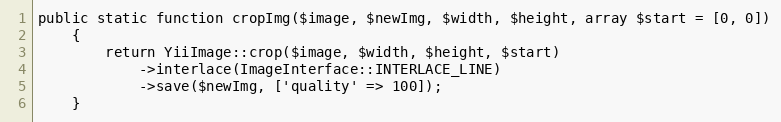
Language: PHP
public static function cropImg($image, $newImg, $width, $height, array $start = [0, 0])
    {
        return YiiImage::crop($image, $width, $height, $start)
            ->interlace(ImageInterface::INTERLACE_LINE)
            ->save($newImg, ['quality' => 100]);
    }